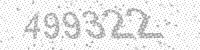
Solution: 499322